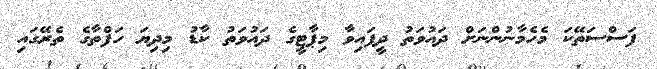
ފަސްސަތޭކަ މެހެމާނުންނަށް ދައުވަތު ދީފައިވާ މިޕާޓީގެ ދައުވަތު ކާޑު މިދިޔަ ހަފްތާގެ ތެރޭގައި